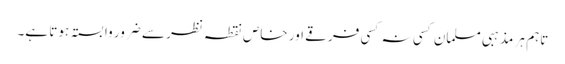
تاہم ہر مذہبی مسلمان کسی نہ کسی فرقے اور خاص نقطہ نظر سے ضرور وابستہ ہوتا ہے۔